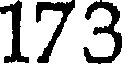
173